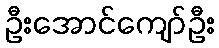
ဦးအောင်ကျော်ဦး